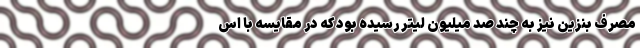
مصرف بنزین نیز به چند صد میلیون لیتر رسیده بود که در مقایسه با اس